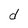
Character: d